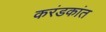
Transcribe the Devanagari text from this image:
करंडकांत